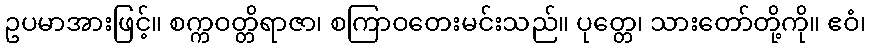
ဥပမာအားဖြင့်။ စက္ကဝတ္တိရာဇာ၊ စကြာဝတေးမင်းသည်။ ပုတ္တေ၊ သားတော်တို့ကို။ ဧဝံ၊